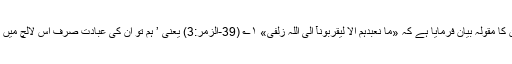
۱؎ (صحیح مسلم:1185) قرآن نے اور جگہ ان کا مقولہ بیان فرمایا ہے کہ «مَا نَعْبُدُہُمْ اِلَّا لِیُقَرِّبُوْنَآ اِلَی اللّٰہِ زُلْفٰی» ۱؎ (39-الزمر:3) یعنی ’ ہم تو ان کی عبادت صرف اس لالچ میں کرتے ہیں کہ یہ ہمیں اللہ سے قریب کر دیں ‘ ۔